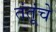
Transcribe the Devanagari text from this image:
तंतूंचे